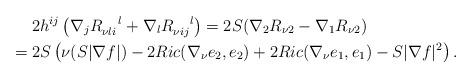
LaTeX: \begin{align*}&\quad\ 2h^{ij}\left(\nabla_j R_{\nu li}^{\ \ \ l}+\nabla_l R_{\nu ij}^{\ \ \ l}\right) =2S(\nabla_2 R_{\nu 2} -\nabla_1R_{\nu 2})\\&=2S\left(\nu(S|\nabla f|)-2Ric(\nabla_{\nu}e_2,e_2)+2Ric(\nabla_{\nu}e_1,e_1)-S|\nabla f|^2\right). \end{align*}